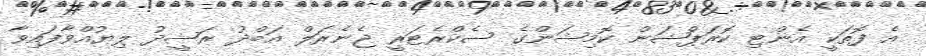
އެ ފޮތަކީ އެންޓި ކޮރަޕްޝަން ކޮމިޝަންގެ ސެކްރެޓަރީ ޖެނެރަލް އަބްދު ރަޝީދު ލިޔުއްވާފައިވާ